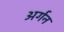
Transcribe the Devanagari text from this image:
अर्गन